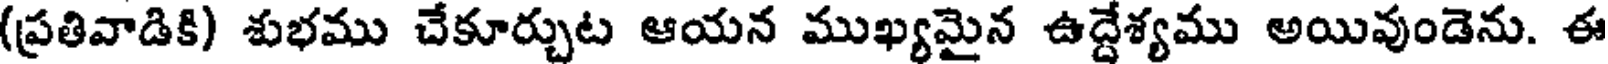
(ప్రతివాడికి) శుభము చేకూర్చుట ఆయన ముఖ్యమైన ఉద్దేశ్యము అయివుండెను. ఈ